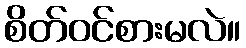
စိတ်ဝင်စားမလဲ။